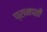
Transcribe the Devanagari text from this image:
प्रानपती